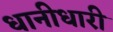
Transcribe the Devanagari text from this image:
धानीधारी